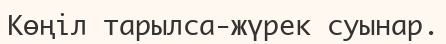
Көңіл тарылса-жүрек суынар.